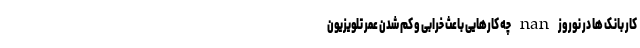
کار بانک ‌ها در نوروز nan چه کارهایی باعث خرابی و کم شدن عمر تلویزیون